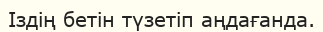
Іздің бетін түзетіп аңдағанда.